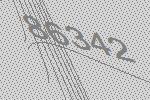
86342